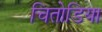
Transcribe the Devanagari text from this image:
चितोडिया